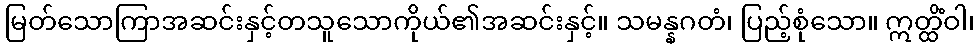
မြတ်သောကြာအဆင်းနှင့်တသူသောကိုယ်၏အဆင်းနှင့်။ သမန္နဂတံ၊ ပြည့်စုံသော။ ဣတ္ထိံဝါ၊